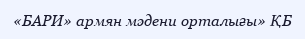
«БАРИ» армян мәдени орталығы» ҚБ